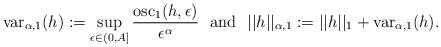
LaTeX: \begin{align*}\mbox{var}_{\alpha,1}(h):=\sup\limits_{\epsilon\in(0,A]}\frac{\mbox{osc}_{1}(h,\epsilon)}{\epsilon^{\alpha}}~~\mbox{and}~~||h||_{\alpha,1}:=||h||_{1}+\mbox{var}_{\alpha,1}(h).\end{align*}